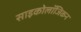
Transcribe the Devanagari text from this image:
साइकोलॉजिकन